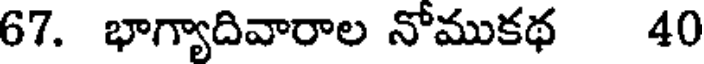
67. భాగ్యాదివారాల నోముకథ 40